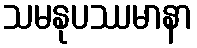
သမနုပဿမာနာ